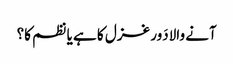
آنے والادَور غزل کا ہے یا نظم کا؟